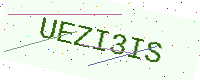
Text: UEZI3IS